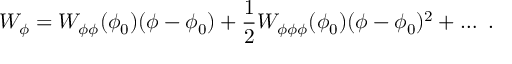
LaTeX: W _ { \phi } = W _ { \phi \phi } ( \phi _ { 0 } ) ( \phi - \phi _ { 0 } ) + { \frac { 1 } { 2 } } W _ { \phi \phi \phi } ( \phi _ { 0 } ) ( \phi - \phi _ { 0 } ) ^ { 2 } + \dots ~ .